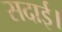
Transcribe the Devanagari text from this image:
सदाई।